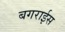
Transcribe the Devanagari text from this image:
बगराईस